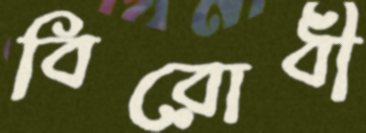
বিরোধী